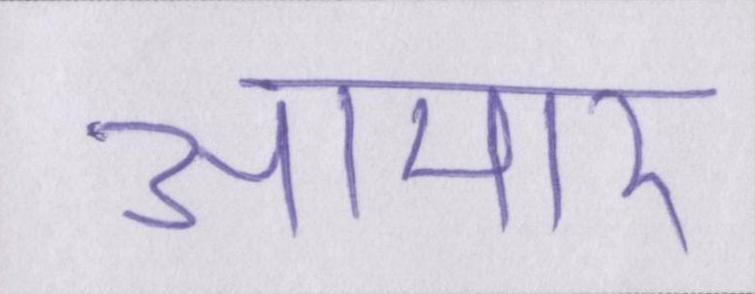
आमार